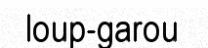
loup-garou